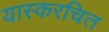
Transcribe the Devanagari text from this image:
यास्करचित